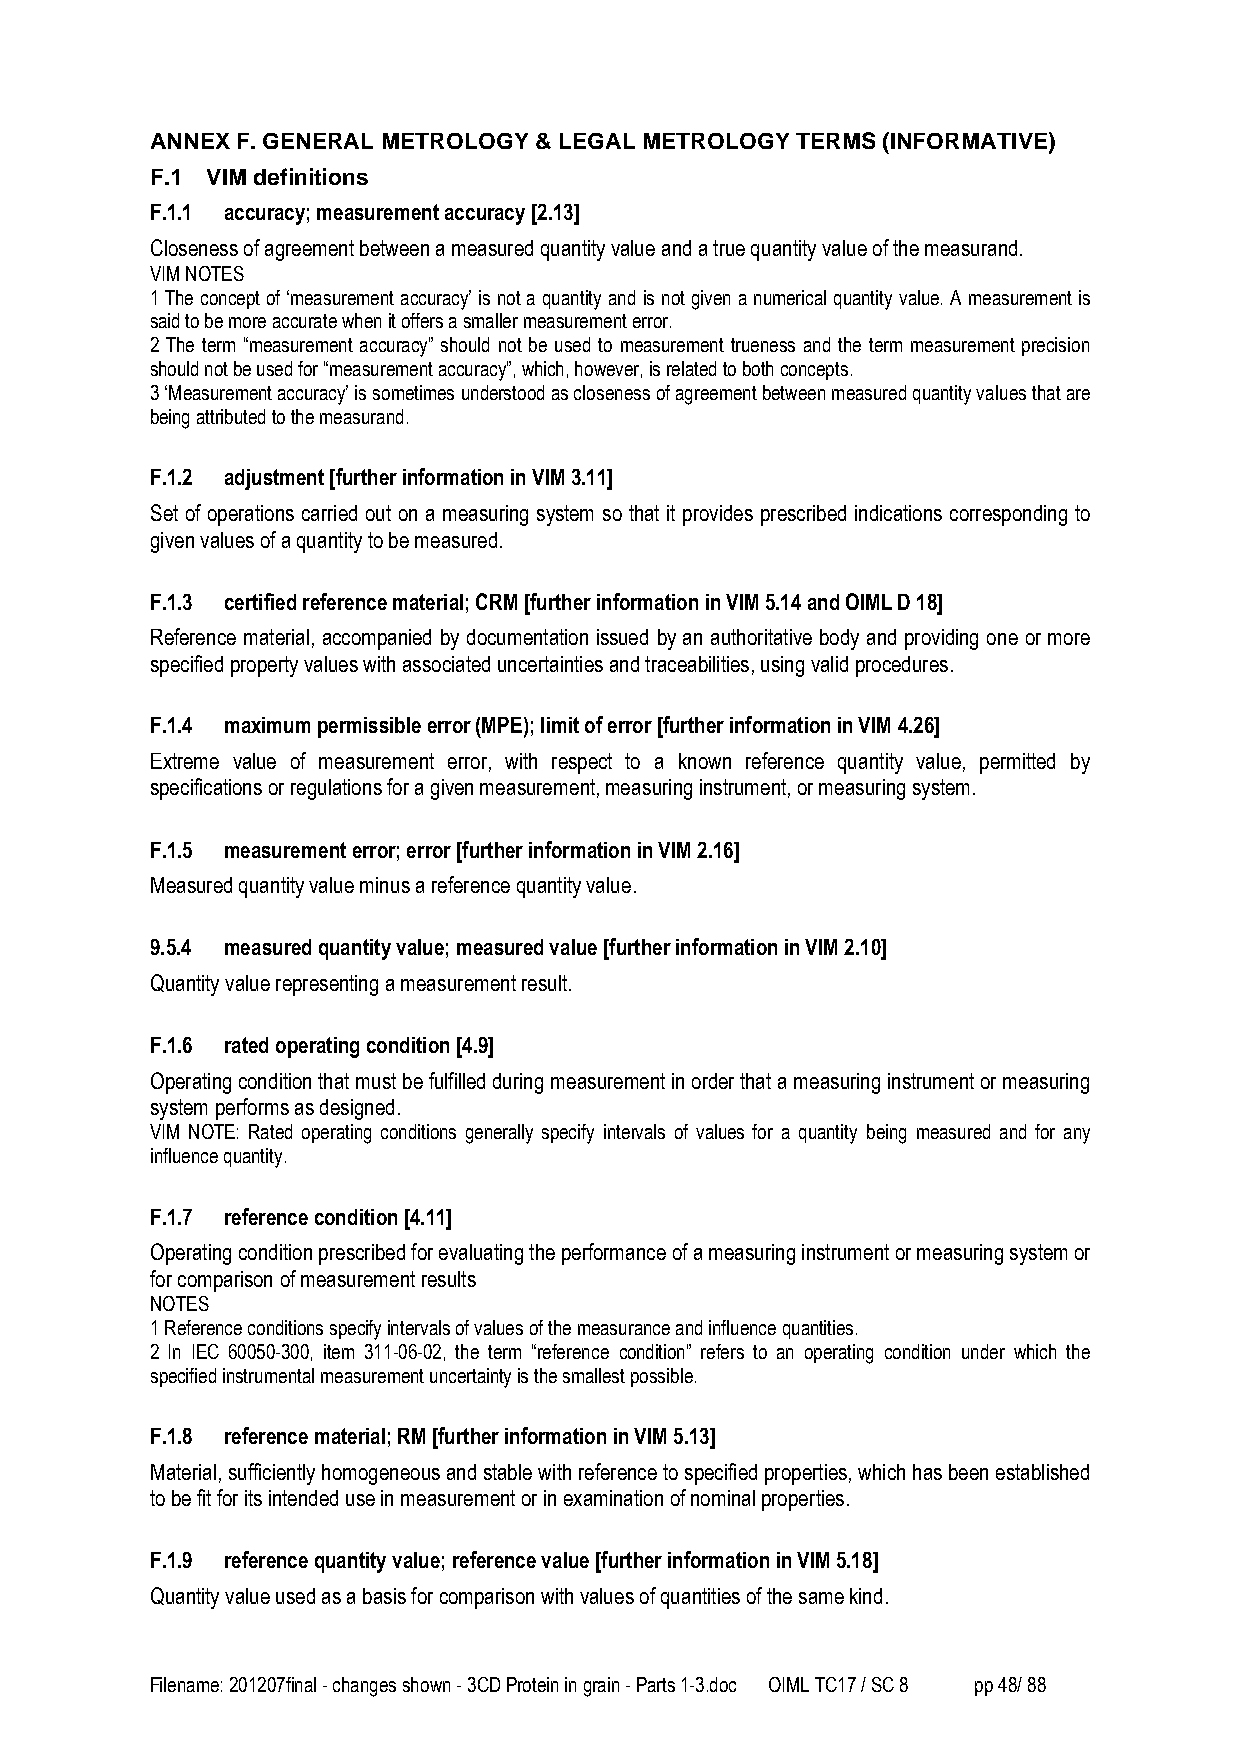
ANNEX F. GENERAL METROLOGY & LEGAL METROLOGY TERMS (INFORMATIVE)
 F.1 VIM definitions
 F.1.1 accuracy; measurement accuracy [2.13]
 Closeness of agreement between a measured quantity value and a true quantity value of the measurand.
 VIM NOTES
 1 The concept of ‘measurement accuracy’ is not a quantity and is not given a numerical quantity value. A measurement is
 said to be more accurate when it offers a smaller measurement error.
 2 The term “measurement accuracy” should not be used to measurement trueness and the term measurement precision
 should not be used for “measurement accuracy”, which, however, is related to both concepts.
 3 ‘Measurement accuracy’ is sometimes understood as closeness of agreement between measured quantity values that are
 being attributed to the measurand.
 F.1.2 adjustment [further information in VIM 3.11]
 Set of operations carried out on a measuring system so that it provides prescribed indications corresponding to
 given values of a quantity to be measured.
 F.1.3 certified reference material; CRM [further information in VIM 5.14 and OIML D 18]
 Reference material, accompanied by documentation issued by an authoritative body and providing one or more
 specified property values with associated uncertainties and traceabilities, using valid procedures.
 F.1.4 maximum permissible error (MPE); limit of error [further information in VIM 4.26]
 Extreme value of measurement error, with respect to a known reference quantity value, permitted by
 specifications or regulations for a given measurement, measuring instrument, or measuring system.
 F.1.5 measurement error; error [further information in VIM 2.16]
 Measured quantity value minus a reference quantity value.
 9.5.4 measured quantity value; measured value [further information in VIM 2.10]
 Quantity value representing a measurement result.
 F.1.6 rated operating condition [4.9]
 Operating condition that must be fulfilled during measurement in order that a measuring instrument or measuring
 system performs as designed.
 VIM NOTE: Rated operating conditions generally specify intervals of values for a quantity being measured and for any
 influence quantity.
 F.1.7 reference condition [4.11]
 Operating condition prescribed for evaluating the performance of a measuring instrument or measuring system or
 for comparison of measurement results
 NOTES
 1 Reference conditions specify intervals of values of the measurance and influence quantities.
 2 In IEC 60050-300, item 311-06-02, the term “reference condition” refers to an operating condition under which the
 specified instrumental measurement uncertainty is the smallest possible.
 F.1.8 reference material; RM [further information in VIM 5.13]
 Material, sufficiently homogeneous and stable with reference to specified properties, which has been established
 to be fit for its intended use in measurement or in examination of nominal properties.
 F.1.9 reference quantity value; reference value [further information in VIM 5.18]
 Quantity value used as a basis for comparison with values of quantities of the same kind.
 Filename: 201207final - changes shown - 3CD Protein in grain - Parts 1-3.doc OIML TC17 / SC 8 pp 48/ 88